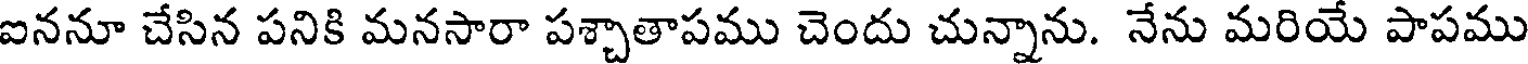
ఐననూ చేసిన పనికి మనసారా పశ్చాతాపము చెందు చున్నాను. నేను మరియే పాపము